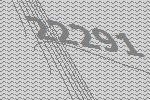
22291